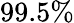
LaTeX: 99.5\%